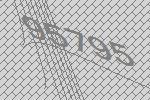
95795